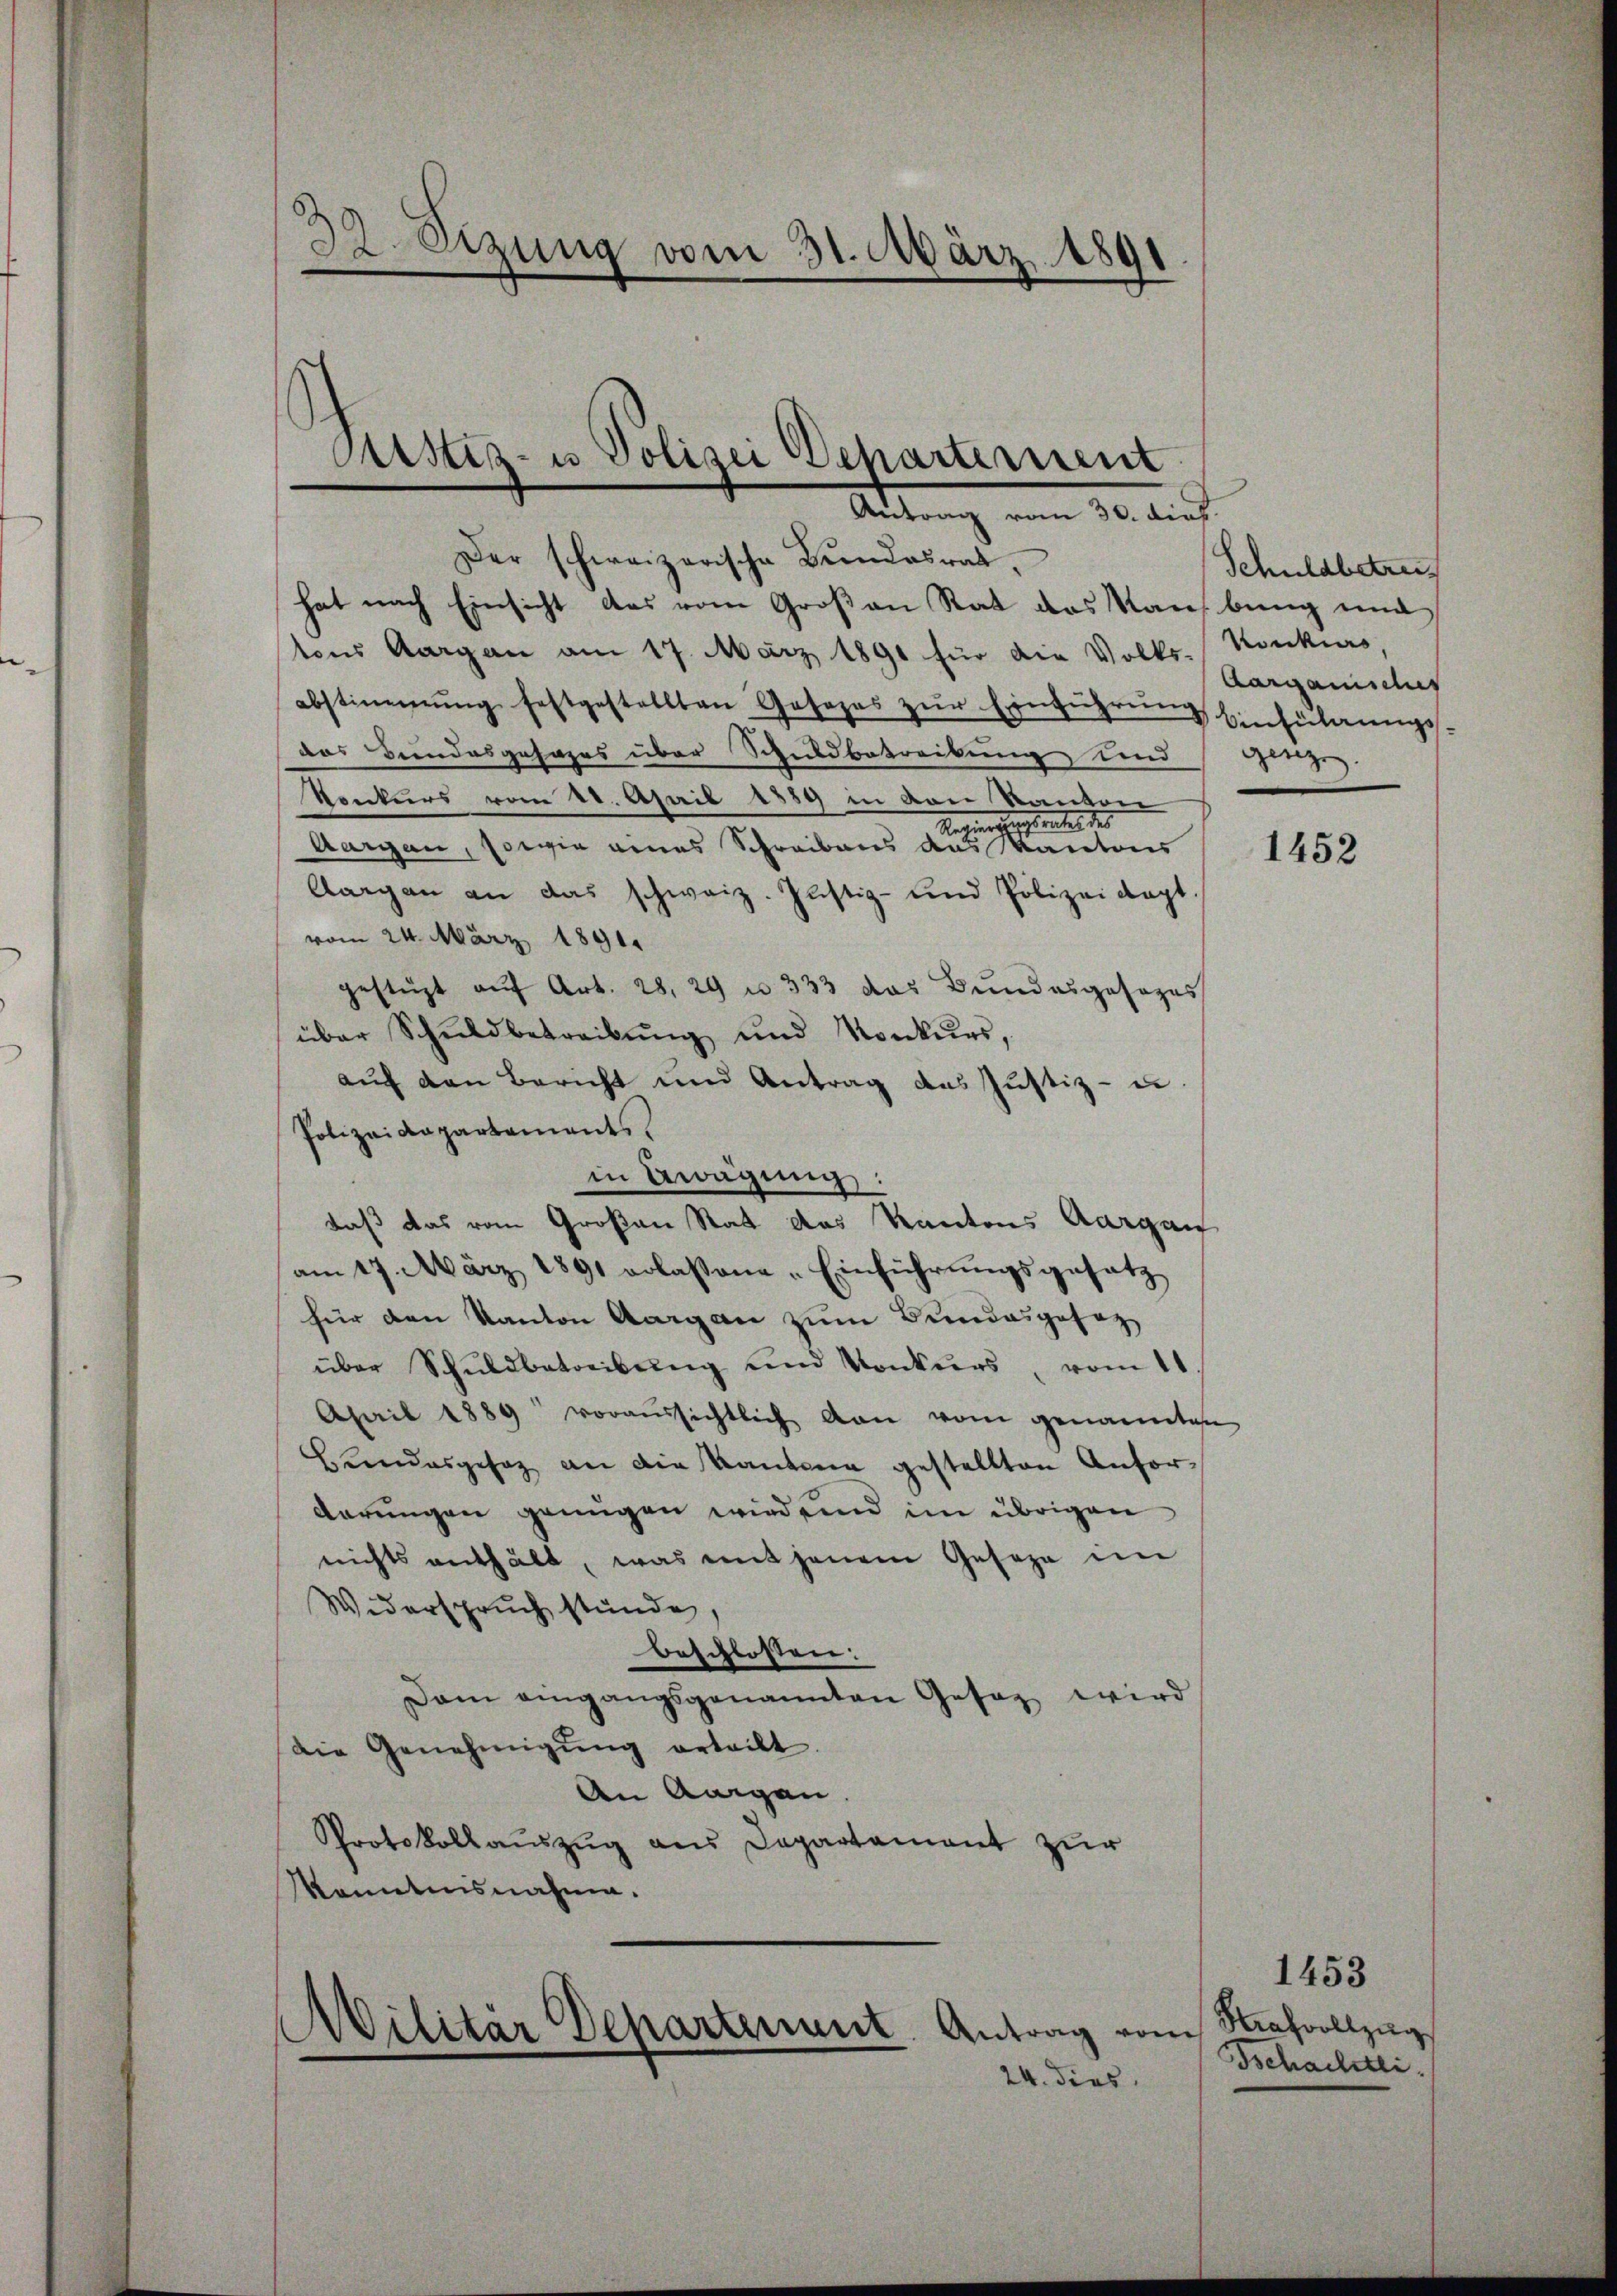
32. Sezung vom 31. März 1891

Der schweizerische Bundesrat,
hat nach Einsicht das vom Großen Rat das Raubung und
tons Aargau am 17. März 1891 für die Volks-Konkurs,
abstimmung festgestellten Gesezes zŭr Einführŭng Einführungs
das Bundesgehors über Schuldbetreikung und Grenzig.
Vonkurs vom 22. April 1889 in von Kanton
Regierte, stratel des
Aargau, sowie eines Schreibens das Kantons
Aargau an das schweiz. Justiz- und Polizeidapt
vom 24. März 1891.
gestüzt aŭf Art. 28. 29 u. 333 das Bundesgesezes
über Schŭldbetreibŭng und Konkurs,
aŭf den Bericht und Antrag des Justiz- u.
Polizeidepartements.
in Aragung:
daß das vom Großen Rat des Kantons Aargau
am 17. März 1891 erlassene-Einführŭngsgesetz
für den Kanton Aargau zum Bundesgesag
über Schŭldbetreibŭng und Konkŭrs vom 11.
April 1889 voraussichtlich dan vom genannten
Beendesgesag an die Kantone gestellten Anfordarungen genügen wird und im übrigen
nichts enthält, was mit jenem Geseze im
Widerspruch stünde.
beschlossen:
Dam eingangsgenannten Gesaz wird
die Genehmigŭng erteilt
An Aargau
Protokollauszug aus Departament zur
Kenntnisnahme.
1453

Astiz- u Polizei Departement
Antrag vom 30. dieß.

Ailitär Departenant. Antrag vom

24. dies

Schuldbetrei
Aarganisches

1452

Strafvollzug
Tschachtli